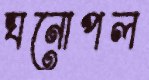
ঘনোপল